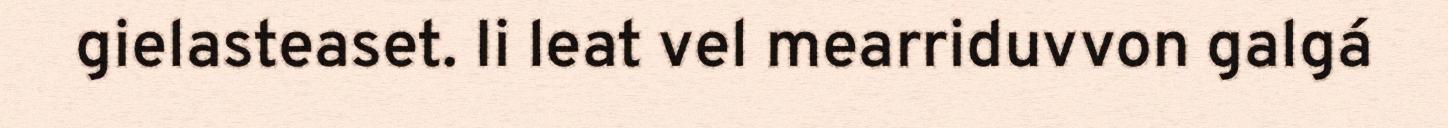
gielasteaset. Ii leat vel mearriduvvon galgá